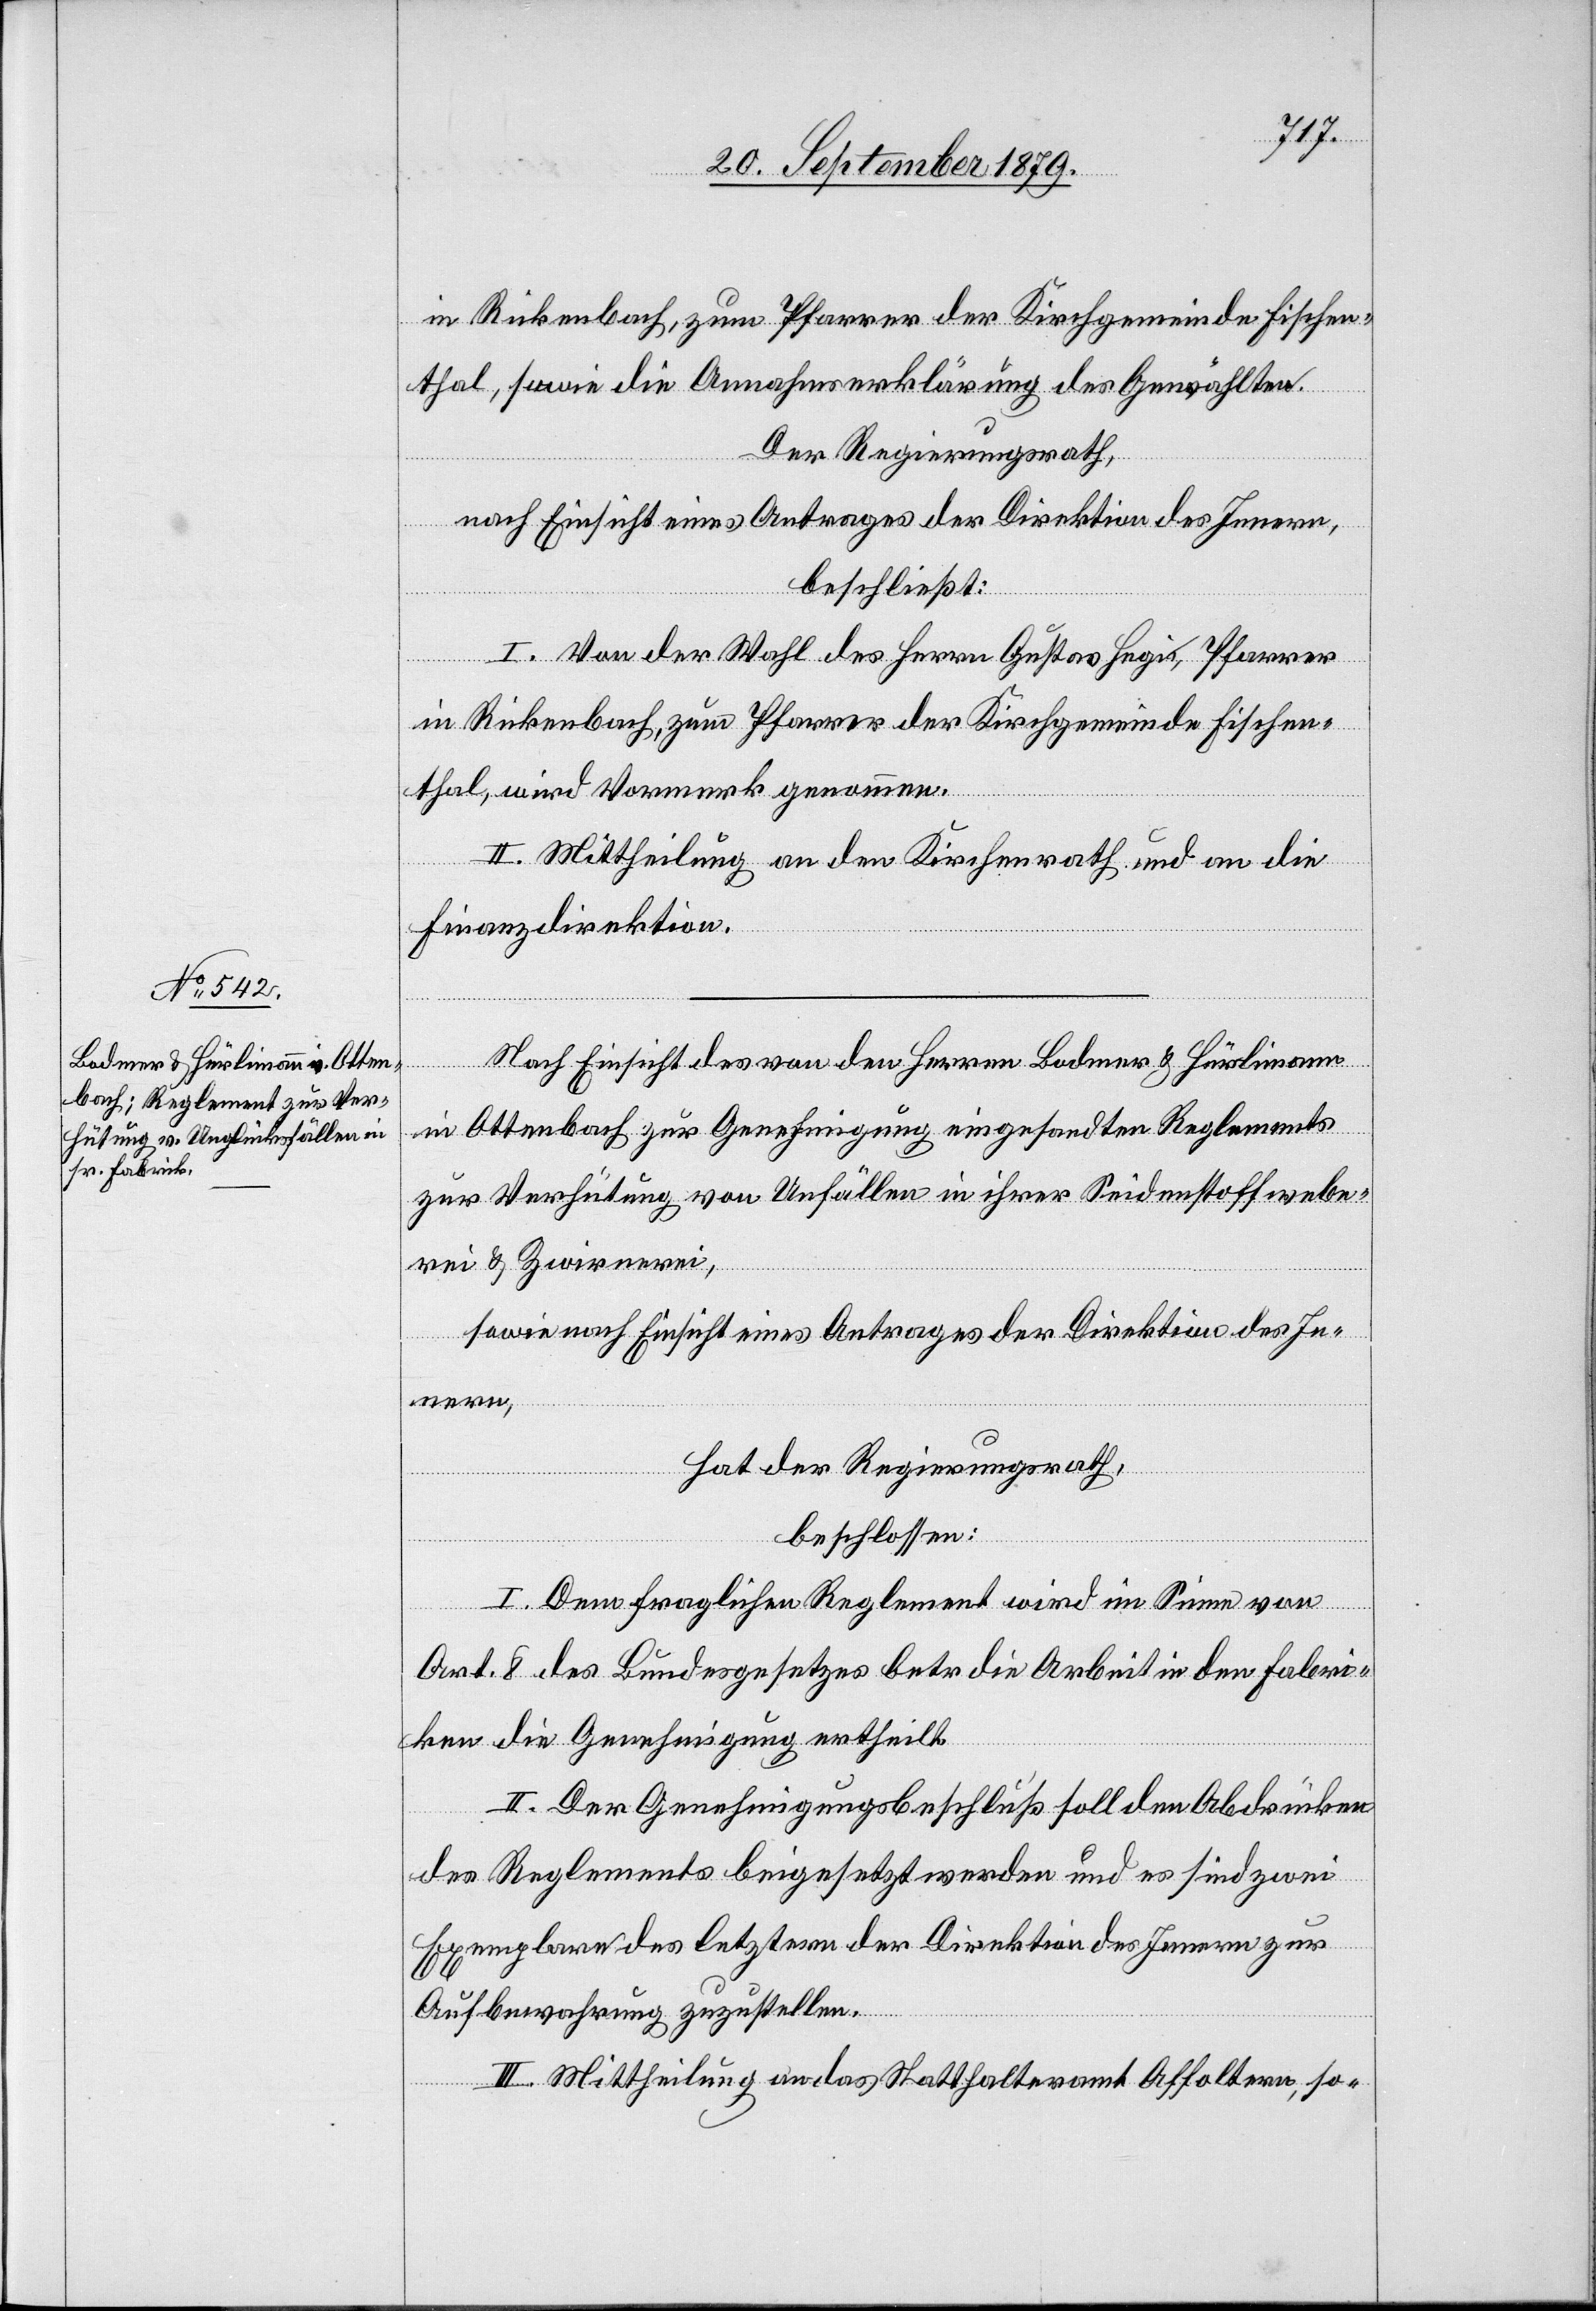
thal, sowie die Annahmserklärung des Gewählten.
Der Regierungsrath,
nach Einsicht eines Antrages der Direktion des Innern,
beschließt:
I. Von der Wahl des Herrn Gustav Hegi, Pfarrer
in Rickenbach, zum Pfarrer der Kirchgemeinde Fischen¬
thal, wird Vormerk genommen.
II. Mittheilung an den Kirchenrath und an die
Finanzdirektion.
Nach Einsicht des von den Herren Bodmer & Hürlimann
in Ottenbach zur Genehmigung eingesandten Reglements
zur Verhütung von Unfällen in ihrer Seidenstoffwebe¬
rei & Zwirnerei,
sowie nach Einsicht eines Antrages der Direktion des In¬
nern,
hat der Regierungsrath,
beschlossen:
I. Dem fraglichen Reglement wird im Sinne von
Art. 8 des Bundesgesetzes betr. die Arbeit in den Fabri¬
ken die Genehmigung ertheilt.
II. Der Genehmigungsbeschluß soll den Abdrücken
des Reglements beigesetzt werden und es sind zwei
Exemplare des letztern der Direktion des Innern zur
Aufbewahrung zuzustellen.
III. Mittheilung an das Statthalteramt Affoltern, so-